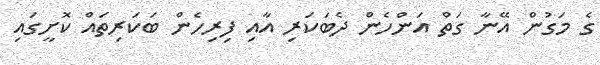
ގެ މަގުން އޭނާ ގަތް އަންހެން ދެބަކަރި އާއި ފިރިހެން ބަކަރިތައް ކޮށީގައި